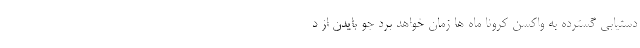
دستیابی گسترده به واکسن کرونا ماه ها زمان خواهد برد جو بایدن از د